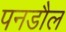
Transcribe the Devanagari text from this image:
पनडौल